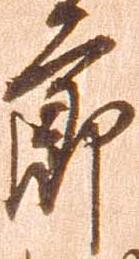
節